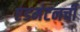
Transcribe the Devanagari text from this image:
एडमंटनची